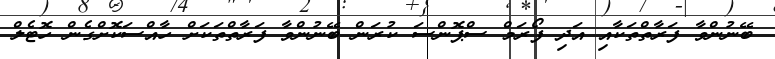
ބޭނުންވާ ފަރާތްތަކާއި އަދި ފޯރަމް ސްޕޮންސަ ކުރަން ބޭނުންވާ ފަރާތްތަކަށް ހާއްސަކޮށްގެން ހޮޓެލް